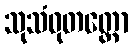
သုသံဝုတတ္တော